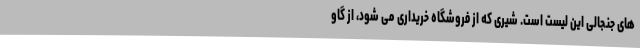
های جنجالی این لیست است. شیری که از فروشگاه خریداری می شود، از گاو